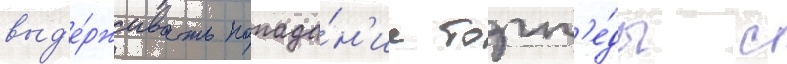
выд'е́рживать попада́н'ие торп'е́ды с